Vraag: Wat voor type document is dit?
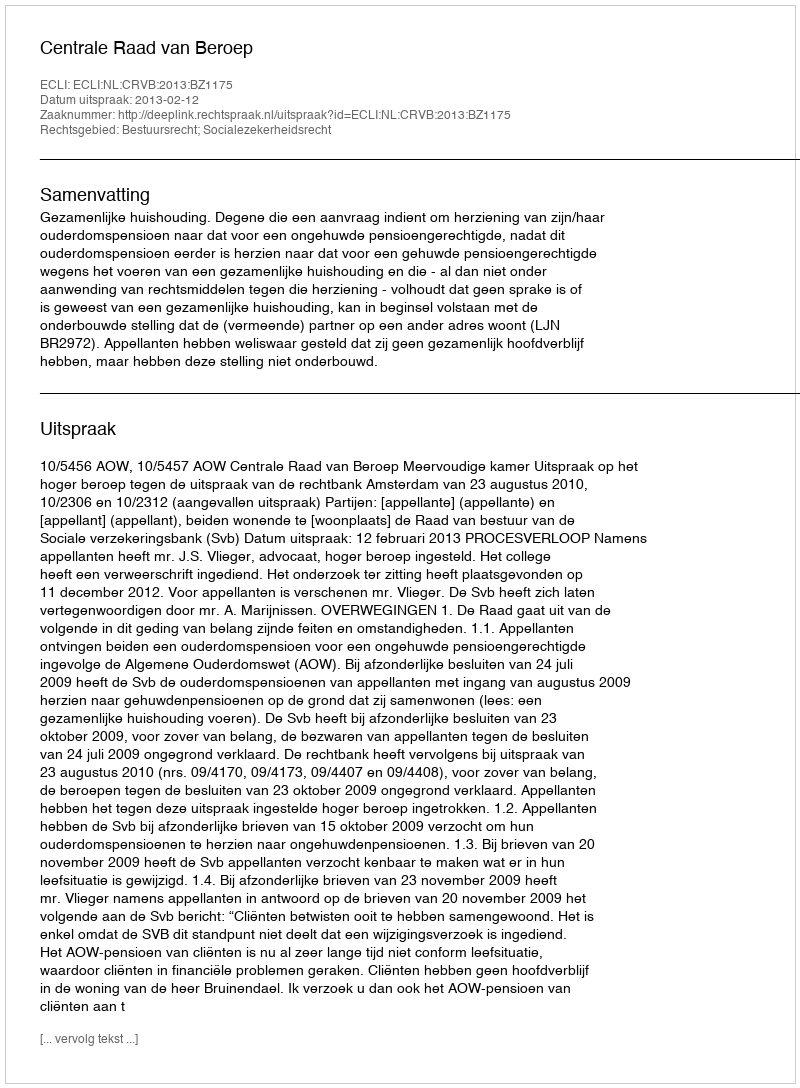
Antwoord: Uitspraak